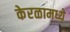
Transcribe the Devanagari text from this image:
केरळामध्ये